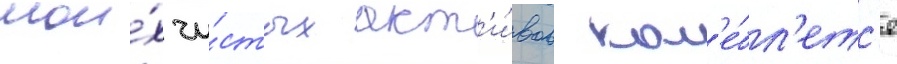
мои́х чи́стых акт'и́вов кол'е́бл'етс'я